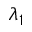
\lambda _ { 1 }